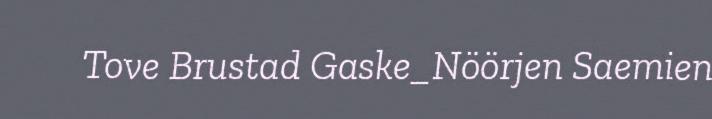
Tove Brustad Gaske_Nöörjen Saemien